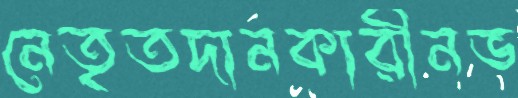
নেতৃতদানকারীনভ